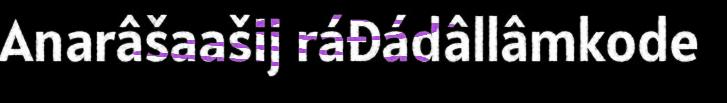
Anarâšaašij ráđádâllâmkode